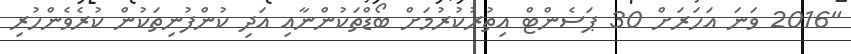
"2016 ވަނަ އަހަރަށް 30 ޕަސެންޓް އިތުރުކުުރުމަށް ބޯޑްތަކުންނާއި އަދި ކުންފުނިތަކުން ކުރެވެންހުރި